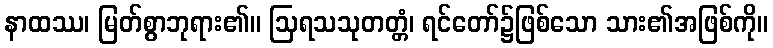
နာထဿ၊ မြတ်စွာဘုရား၏။ ဩရသသုတတ္တံ၊ ရင်တော်၌ဖြစ်သော သား၏အဖြစ်ကို။